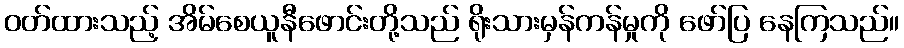
ဝတ်ထားသည့် အိမ်စေယူနီဖောင်းတို့သည် ရိုးသားမှန်ကန်မှုကို ဖော်ပြ နေကြသည်။